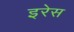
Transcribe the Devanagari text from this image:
इरेस